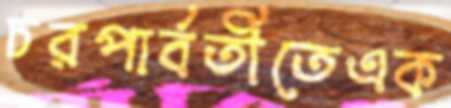
চরপার্বতীতেএক